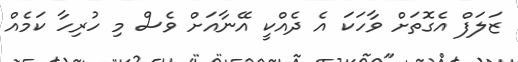
ޒަލަފް އެގޮތަށް ވާހަކަ އެ ދެއްކީ އޭނާއަށް ވެސް މި ހުރިހާ ކަމެއް